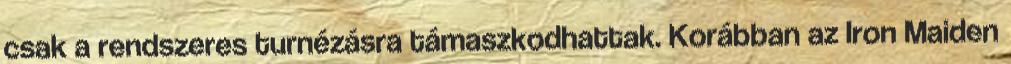
csak a rendszeres turnézásra támaszkodhattak. Korábban az Iron Maiden